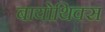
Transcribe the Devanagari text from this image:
बायोथिक्स